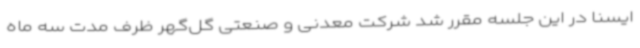
ایسنا در این جلسه مقرر شد شرکت معدنی و صنعتی گل‌گهر ظرف مدت سه ماه